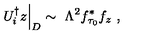
U _ { i } ^ { \dagger } z \Big | _ { D } \sim \ \Lambda ^ { 2 } f _ { \tau _ { 0 } } ^ { * } f _ { z } \ ,